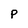
Character: P